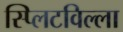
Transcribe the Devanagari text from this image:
स्प्लिटविल्ला